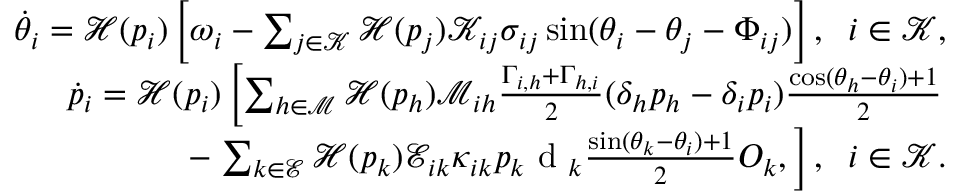
\begin{array} { r } { \dot { \theta } _ { i } = \mathcal { H } ( p _ { i } ) \left[ \omega _ { i } - \sum _ { j \in \mathcal { K } } \mathcal { H } ( p _ { j } ) \mathcal { K } _ { i j } \sigma _ { i j } \sin ( \theta _ { i } - \theta _ { j } - \Phi _ { i j } ) \right] , \; \; i \in \mathcal { K } , } \\ { \dot { p } _ { i } = \mathcal { H } ( p _ { i } ) \left[ \sum _ { h \in \mathcal { M } } \mathcal { H } ( p _ { h } ) \mathcal { M } _ { i h } \frac { \Gamma _ { i , h } + \Gamma _ { h , i } } { 2 } ( \delta _ { h } p _ { h } - \delta _ { i } p _ { i } ) \frac { \cos ( \theta _ { h } - \theta _ { i } ) + 1 } { 2 } \right. } \\ { - \left. \sum _ { k \in \mathcal { E } } \mathcal { H } ( p _ { k } ) \mathcal { E } _ { i k } \kappa _ { i k } p _ { k } \mathrm { ~ d ~ } _ { k } \frac { \sin ( \theta _ { k } - \theta _ { i } ) + 1 } { 2 } O _ { k } , \right] , \; \; i \in \mathcal { K } . } \end{array}